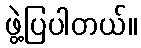
ဖွဲ့ပြပါတယ်။